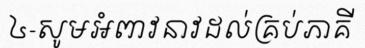
៤-សូមអំពាវនាវដល់គ្រប់ភាគី